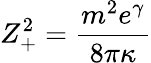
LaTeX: Z_{+}^{2}={\frac{m^{2}e^{\gamma}}{8\pi\kappa}}